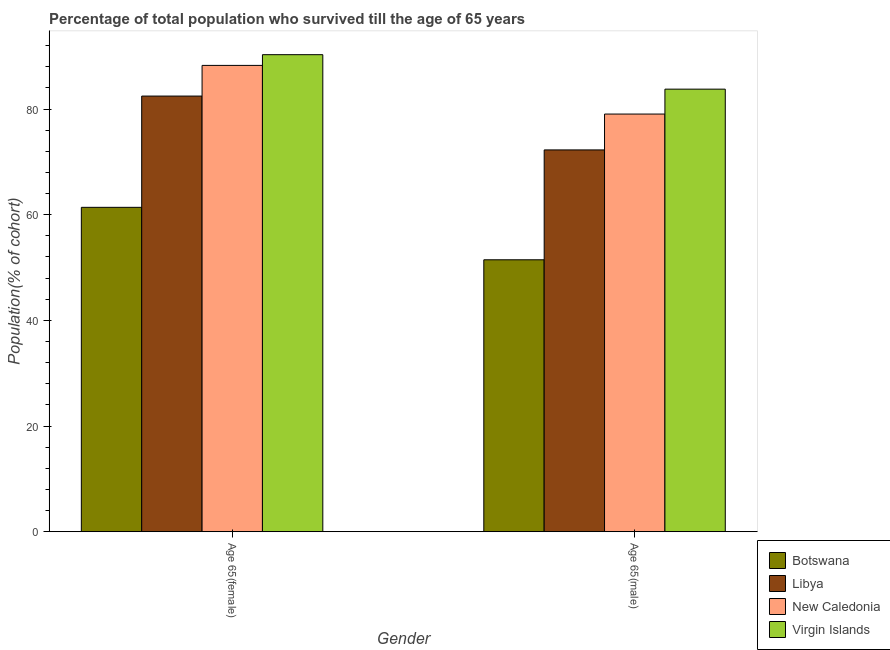
| Gender | Botswana | Libya | New Caledonia | Virgin Islands |
 | --- | --- | --- | --- | --- |
 | Age 65(female) | 61.4 | 82.4 | 88.3 | 90.3 |
 | Age 65(male) | 51.5 | 72.3 | 79 | 83.8 |